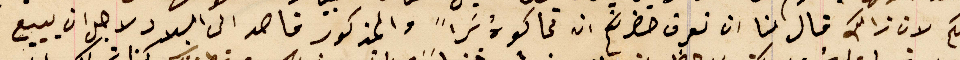
لكم لان ذالك قال لنا ان نعرف حضرتكم ان تحاكوهُ سَراً والمذكور قاصد الى البلاد لاجل ان يبيع